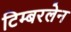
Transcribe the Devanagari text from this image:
टिम्बरलेन